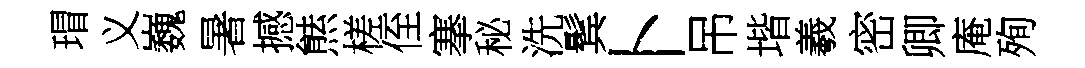
瑁义巍暑撼㷱槎侄搴秘洗鬂卜吊堦羲密卿庵殉